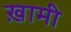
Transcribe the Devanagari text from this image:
ख़ामी